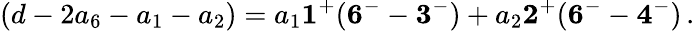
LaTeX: (d-2a_{6}-a_{1}-a_{2})=a_{1}{\mathbf 1^{+}}({\mathbf 6^{-}}-{\mathbf 3^{-}})+a_{2}{\mathbf 2^{+}}({\mathbf 6^{-}}-{\mathbf 4^{-}})\, .